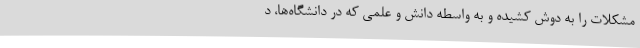
مشکلات را به دوش کشیده و به واسطه دانش و علمی که در دانشگاه‌ها، د